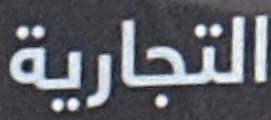
التجارية